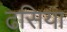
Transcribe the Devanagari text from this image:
ढसिया